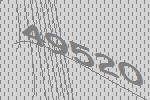
49520